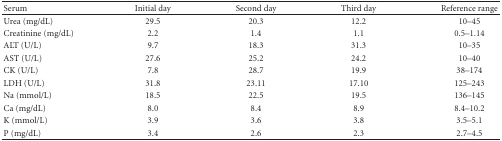
<table><thead><tr><td><b>Serum</b></td><td><b>Initial day</b></td><td><b>Second day</b></td><td><b>Third day</b></td><td><b>Reference range</b></td></tr></thead><tbody><tr><td>Urea (mg/dL)</td><td>29.5</td><td>20.3</td><td>12.2</td><td>10–45</td></tr><tr><td>Creatinine (mg/dL)</td><td>2.2</td><td>1.4</td><td>1.1</td><td>0.5–1.14</td></tr><tr><td>ALT (U/L)</td><td>9.7</td><td>18.3</td><td>31.3</td><td>10–35</td></tr><tr><td>AST (U/L)</td><td>27.6</td><td>25.2</td><td>24.2</td><td>10–40</td></tr><tr><td>CK (U/L)</td><td>7.8</td><td>28.7</td><td>19.9</td><td>38–174</td></tr><tr><td>LDH (U/L)</td><td>31.8</td><td>23.11</td><td>17.10</td><td>125–243</td></tr><tr><td>Na (mmol/L)</td><td>18.5</td><td>22.5</td><td>19.5</td><td>136–145</td></tr><tr><td>Ca (mg/dL)</td><td>8.0</td><td>8.4</td><td>8.9</td><td>8.4–10.2</td></tr><tr><td>K (mmol/L)</td><td>3.9</td><td>3.6</td><td>3.8</td><td>3.5–5.1</td></tr><tr><td>P (mg/dL)</td><td>3.4</td><td>2.6</td><td>2.3</td><td>2.7–4.5</td></tr></tbody></table>